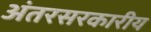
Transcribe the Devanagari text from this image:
अंतरसरकारीय